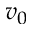
v _ { 0 }